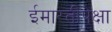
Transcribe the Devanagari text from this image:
ईमारतींपेक्षा